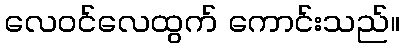
လေဝင်လေထွက် ကောင်းသည်။